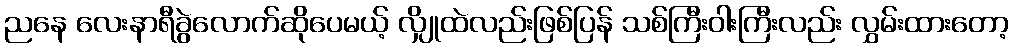
ညနေ လေးနာရီခွဲလောက်ဆိုပေမယ့် လျှိုထဲလည်းဖြစ်ပြန် သစ်ကြီးဝါးကြီးလည်း လွှမ်းထားတော့